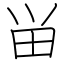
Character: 畄